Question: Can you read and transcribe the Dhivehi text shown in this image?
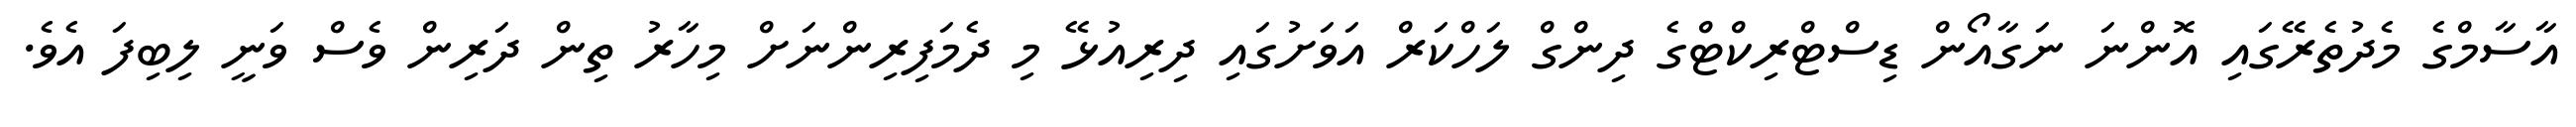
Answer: އާސާމްގެ މެދުތެރޭގައި އޮންނަ ނަގާއޯން ޑިސްޓްރިކްޓްގެ ދިންގް ލަހްކަރް އަވަށުގައި ދިރިއުޅޭ މި ދެމަފިރިންނަށް މިހާރު ތިން ދަރިން ވެސް ވަނީ ލިބިފަ އެވެ.